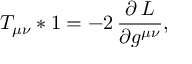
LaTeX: T _ { \mu \nu } * 1 = - 2 \, \frac { \partial \, { \cal L } } { \partial g ^ { \mu \nu } } ,